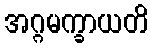
အဂ္ဂမက္ခာယတိ